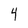
Character: 4